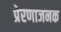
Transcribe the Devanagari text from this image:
प्रेरणाजनक